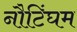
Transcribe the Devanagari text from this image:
नौटिंघम